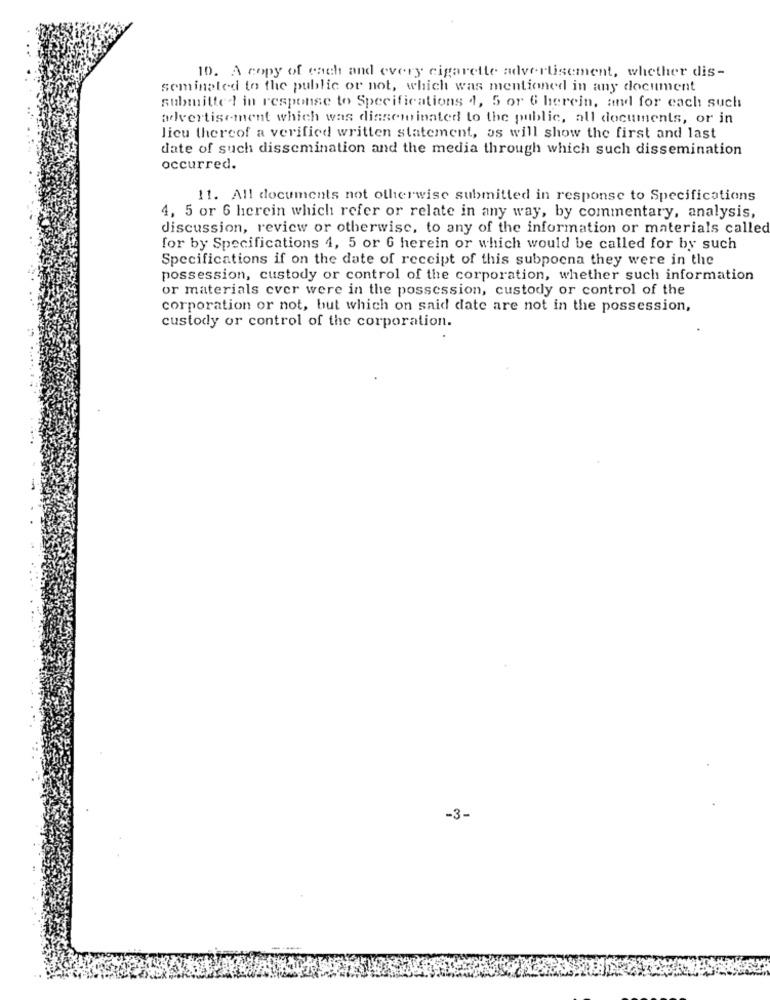
10. A copy of each and every cigarette advertisement, whether dis-
seminaled to the public or not, which was mentioned in any document
submitted in response to Specifications 4, 5 or 6 herein, and for each such
advertisement which was disseminated to the public, all documents, or in
lieu thereof a verified written statement, as will show the first and last
date of such dissemination and the media through which such dissemination
occurred.
11. All documents not otherwise submitted in response to Specifications
4, 5 or 6 herein which refer or relate in any way, by commentary, analysis,
discussion, review or otherwise, to any of the information or materials called
for by Specifications 4, 5 or 6 herein or which would be called for by such
Specifications if on the date of receipt of this subpoena they were in the
possession, custody or control of the corporation, whether such information
or materials ever were in the possession, custody or control of the
corporation or not, but which on said date are not in the possession,
custody or control of the corporation.
-3-